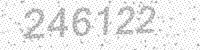
Solution: 246122